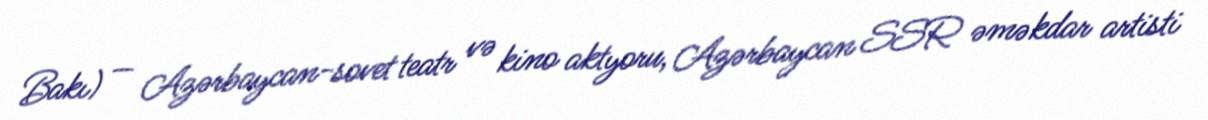
Bakı) — Azərbaycan-sovet teatr və kino aktyoru, Azərbaycan SSR əməkdar artisti